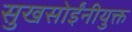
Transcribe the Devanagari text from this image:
सुखसोईंनीयुक्त